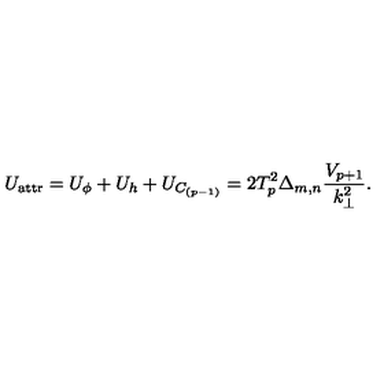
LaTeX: U _ { \mathrm { a t t r } } = U _ { \phi } + U _ { h } + U _ { C _ { ( p - 1 ) } } = 2 T _ { p } ^ { 2 } \Delta _ { m , n } \frac { V _ { p + 1 } } { k _ { \bot } ^ { 2 } } .